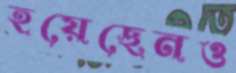
হয়েছেনও